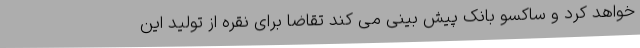
خواهد کرد و ساکسو بانک پیش بینی می کند تقاضا برای نقره از تولید این